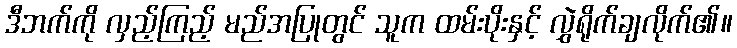
ဒီဘက်ကို လှည့်ကြည့် မည်အပြုတွင် သူက ထမ်းပိုးနှင့် လွှဲရိုက်ချလိုက်၏။